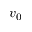
v _ { 0 }